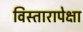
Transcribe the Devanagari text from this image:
विस्तारापेक्षा